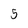
Character: 5